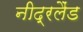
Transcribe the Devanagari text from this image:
नीद्रलैंड